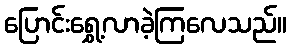
ပြောင်းရွှေ့လာခဲ့ကြလေသည်။